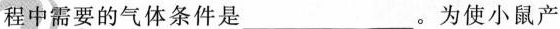
程中需要的气体条件是___。为使小鼠产